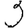
Digit: 3